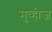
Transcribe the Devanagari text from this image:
मुव्हीज